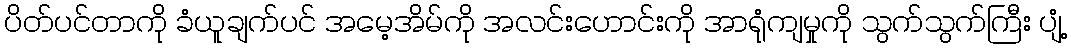
ပိတ်ပင်တာကို ခံယူချက်ပင် အမေ့အိမ်ကို အလင်းဟောင်းကို အာရုံကျမှုကို သွက်သွက်ကြီး ပျံ့